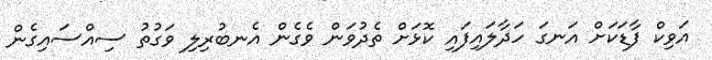
އަވިކް ފާޑަކަށް އަނގަ ހަދާލައިފައި ކޮޅަށް ތެދުވަން ވެގެން އެނބުރިލި ވަގުތު ސިއްސައިގެން